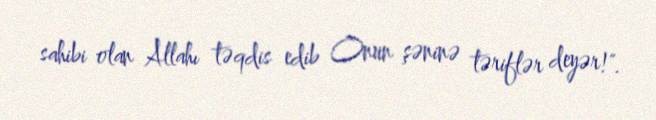
sahibi olan Allahı təqdis edib Onun şəninə təriflər deyər!".